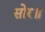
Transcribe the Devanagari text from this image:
सोर॥